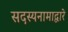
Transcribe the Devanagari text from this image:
सदस्यनामाद्वारे